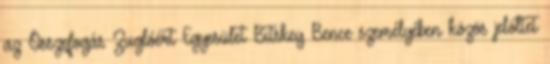
az Összefogás Zuglóért Egyesület Bitskey Bence személyében közös jelöltet